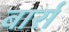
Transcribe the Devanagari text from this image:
बार्रा